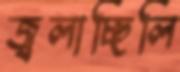
জ্বলাচ্ছিলি